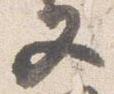
又